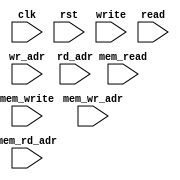
module ip_top_sva_2_stack_1r1w_ramwrap
  #(
parameter     NUMADDR = 1024,
parameter     BITADDR = 10,
parameter     NUMWBNK = 4,
parameter     BITWBNK = 2,
parameter     NUMWROW = 256,
parameter     BITWROW = 8)
(
  input clk,
  input rst,
  input write,
  input [BITADDR-1:0] wr_adr,
  input read,
  input [BITADDR-1:0] rd_adr,
  input [NUMWBNK-1:0] mem_write,
  input [NUMWBNK*BITWROW-1:0] mem_wr_adr,
  input [NUMWBNK-1:0] mem_read,
  input [NUMWBNK*BITWROW-1:0] mem_rd_adr
);
`ifdef FORMAL
//synopsys translate_off

assert_rd_range_check: assume property (@(posedge clk) disable iff (rst) read |-> (rd_adr < NUMADDR));
assert_wr_range_check: assume property (@(posedge clk) disable iff (rst) write |-> (wr_adr < NUMADDR));

genvar mem_int;
generate for (mem_int=0; mem_int<NUMWBNK; mem_int=mem_int+1) begin: mem_loop
  wire mem_write_wire = mem_write >> mem_int;
  wire [BITWROW-1:0] mem_wr_adr_wire = mem_wr_adr >> (mem_int*BITWROW);
  wire mem_read_wire = mem_read >> mem_int;
  wire [BITWROW-1:0] mem_rd_adr_wire = mem_rd_adr >> (mem_int*BITWROW);

  assert_mem_rd_range_check: assert property (@(posedge clk) disable iff (rst) mem_read_wire |-> (mem_rd_adr_wire < NUMWROW));
  assert_mem_wr_range_check: assert property (@(posedge clk) disable iff (rst) mem_write_wire |-> (mem_wr_adr_wire < NUMWROW));
  //assert_mem_rd_wr_pseudo_check: assert property (@(posedge clk) disable iff (rst) (mem_write_wire && mem_read_wire) |-> (mem_wr_adr_wire != mem_rd_adr_wire));
end
endgenerate
//synopsys translate_on
`endif
endmodule

module ip_top_sva_stack_1r1w_ramwrap
  #(
parameter     WIDTH   = 32,
parameter     NUMADDR = 1024,
parameter     BITADDR = 10,
parameter     NUMWBNK = 4,
parameter     BITWBNK = 2,
parameter     NUMWROW = 256,
parameter     BITWROW = 8,
parameter     SRAM_DELAY = 2,
parameter     FLOPCMD = 0,
parameter     FLOPMEM = 0,
parameter     FLOPOUT = 0,
parameter     RSTZERO = 0
   )
(
  input clk,
  input rst,
  input write,
  input [BITADDR-1:0] wr_adr,
  input [WIDTH-1:0] bw,
  input [WIDTH-1:0] din,
  input read,
  input [BITADDR-1:0] rd_adr,
  input [WIDTH-1:0] rd_dout,
  input [NUMWBNK-1:0] mem_write,
  input [NUMWBNK*BITWROW-1:0] mem_wr_adr,
  input [NUMWBNK*WIDTH-1:0] mem_bw,
  input [NUMWBNK*WIDTH-1:0] mem_din,
  input [NUMWBNK-1:0] mem_read,
  input [NUMWBNK*BITWROW-1:0] mem_rd_adr,
  input [NUMWBNK*WIDTH-1:0] mem_rd_dout,
  input [BITADDR-1:0] select_addr
);
`ifdef FORMAL
//synopsys translate_off
  localparam LBITWBK = BITWBNK>0 ? BITWBNK : 1;

wire [LBITWBK-1:0] select_bank;
wire [BITWROW-1:0] select_wrow;
generate if (BITWBNK>0) begin: np2_loop
  np2_addr_ramwrap #(
    .NUMADDR (NUMADDR), .BITADDR (BITADDR),
    .NUMVBNK (NUMWBNK), .BITVBNK (BITWBNK),
    .NUMVROW (NUMWROW), .BITVROW (BITWROW))
    sel_adr (.vbadr(select_bank), .vradr(select_wrow), .vaddr(select_addr));
  end else begin: no_np2_loop
    assign select_bank = 0;
    assign select_wrow = select_addr;
  end
endgenerate

wire mem_write_wire = mem_write >> select_bank;
wire [BITWROW-1:0] mem_wr_adr_wire = mem_wr_adr >> (select_bank*BITWROW);
wire [WIDTH-1:0] mem_bw_wire = mem_bw >> select_bank*WIDTH;
wire [WIDTH-1:0] mem_din_wire = mem_din >> select_bank*WIDTH;

wire mem_read_wire = mem_read >> select_bank;
wire [BITWROW-1:0] mem_rd_adr_wire = mem_rd_adr >> (select_bank*BITWROW);

reg meminv;
reg [WIDTH-1:0] mem;
always @(posedge clk)
  if (rst) begin
    meminv <= 1'b1;
    mem <= RSTZERO ? 0 : 'hx;
  end else if (mem_write_wire && (mem_wr_adr_wire == select_wrow)) begin
    meminv <= meminv && !(|mem_bw_wire);
    mem <= (mem_bw_wire & mem_din_wire) | (~mem_bw_wire & mem);
  end

wire [WIDTH-1:0] mem_dout_wire = mem_rd_dout >> select_bank*WIDTH;

generate if(SRAM_DELAY>0) begin :dl_loop
assert_mem_check: assert property (@(posedge clk) disable iff (rst) (mem_read_wire && (mem_rd_adr_wire == select_wrow)) |-> ##SRAM_DELAY
                                   ($past(!RSTZERO && meminv,SRAM_DELAY) || (mem_dout_wire == $past(mem,SRAM_DELAY))));
end else begin:ndl_loop
assert_mem_check: assert property (@(posedge clk) disable iff (rst) (mem_read_wire && (mem_rd_adr_wire == select_wrow)) |-> ##SRAM_DELAY
                                   ((!RSTZERO && meminv) || (mem_dout_wire == mem)));
end
endgenerate

reg [WIDTH-1:0] fakememinv;
reg [WIDTH-1:0] fakemem;
always @(posedge clk)
  if (rst) begin
    fakememinv <= ~0;
    fakemem <= RSTZERO ? 0 : 'hx;
  end else if (write && (wr_adr == select_addr)) begin
    fakememinv <= fakememinv & ~bw;
    fakemem <= (bw & din) | (~bw & fakemem);
  end

generate if(SRAM_DELAY+FLOPCMD+FLOPMEM+FLOPOUT>0) begin :dly_loop
assert_dout_check: assert property (@(posedge clk) disable iff (rst) (read && (rd_adr == select_addr)) |-> ##(SRAM_DELAY+FLOPCMD+FLOPMEM+FLOPOUT)
                                    (&((RSTZERO ? 0 : $past(fakememinv,SRAM_DELAY+FLOPCMD+FLOPMEM+FLOPOUT)) |
                                       ~(rd_dout ^ $past(fakemem,SRAM_DELAY+FLOPCMD+FLOPMEM+FLOPOUT)))));
end else begin:ndly_loop
assert_dout_check: assert property (@(posedge clk) disable iff (rst) (read && (rd_adr == select_addr)) |-> (&(RSTZERO ? 0 : fakememinv) | ~(rd_dout ^ (fakemem))));
end
endgenerate
//synopsys translate_on
`endif
endmodule